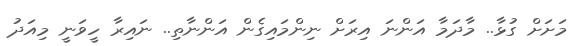
މަށަށް ގުޅާ.. މާދަމާ އަންނަ އިރަށް ނިންމައިގެން އަންނާތި.. ނައިރާ ހީވަނީ މިއަދު